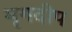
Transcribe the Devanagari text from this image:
मृगदीप